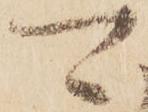
可